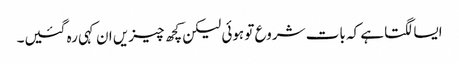
ایسا لگتا ہے کہ بات شروع تو ہوئی لیکن کچھ چیزیں ان کہی رہ گئیں۔